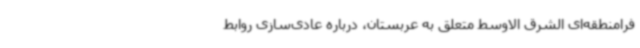
فرامنطقه‌ای الشرق الاوسط متعلق به عربستان، درباره عادی‌سازی روابط